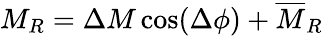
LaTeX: M_{R}=\Delta M\cos(\Delta\phi)+\overline{{M}}_{R}